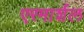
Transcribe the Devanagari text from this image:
एरमार्शल